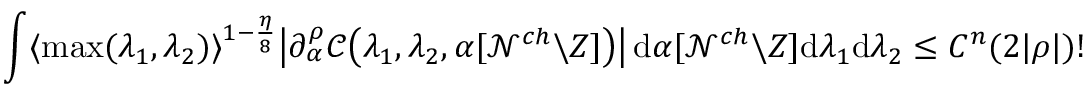
\int \langle \operatorname* { m a x } ( \lambda _ { 1 } , \lambda _ { 2 } ) \rangle ^ { 1 - \frac { \eta } { 8 } } \big | \partial _ { \alpha } ^ { \rho } \mathcal C \big ( \lambda _ { 1 } , \lambda _ { 2 } , \alpha [ \mathcal N ^ { c h } \backslash Z ] \big ) \big | \, \mathrm { d } \alpha [ \mathcal N ^ { c h } \backslash Z ] \mathrm { d } \lambda _ { 1 } \mathrm { d } \lambda _ { 2 } \leq C ^ { n } ( 2 | \rho | ) !